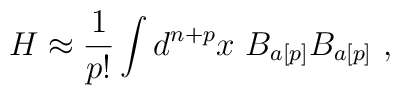
H \approx \frac{1}{p!} \int d^{n+p}x \ B_{a[p]}B_{a[p]} \ ,